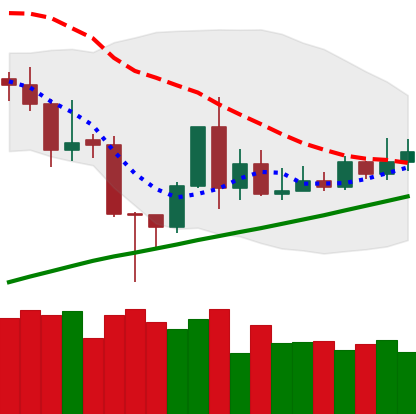
Ticker: TRX-USD
Chart end date: 2020-11-16
Forward return: 18.515%
Label: up_7plus